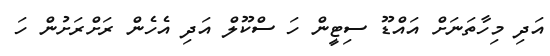
އަދި މިހާތަނަށް އައްޑޫ ސިޓީން ހަ ސްކޫލް އަދި އެހެން ރަށްރަށުން ހަ